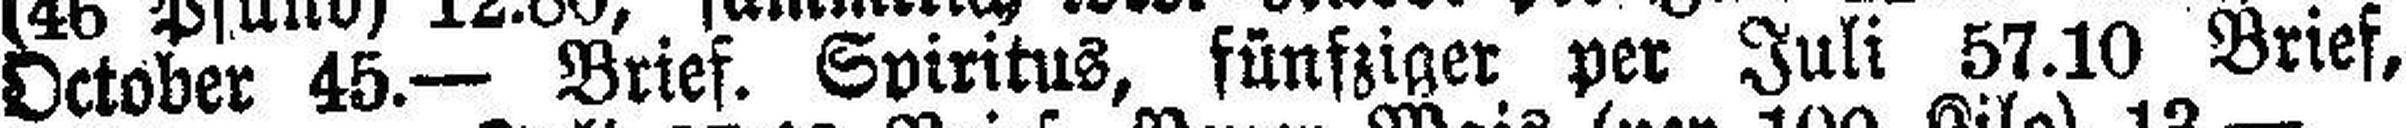
October 45.— Brief. Spiritus, fünfziger per Juli 57.10 Brief,